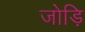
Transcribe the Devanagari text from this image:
जोड़ि